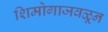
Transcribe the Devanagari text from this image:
शिमोगाजवळून